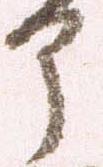
部